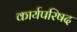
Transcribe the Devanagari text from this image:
कार्यपरिषद